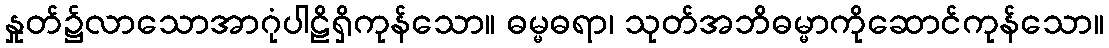
နှုတ်၌လာသောအာဂုံပါဠိရှိကုန်သော။ ဓမ္မဓရာ၊ သုတ်အဘိဓမ္မာကိုဆောင်ကုန်သော။